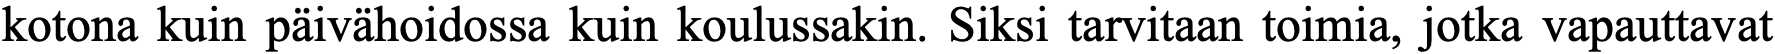
kotona kuin päivähoidossa kuin koulussakin. Siksi tarvitaan toimia, jotka vapauttavat